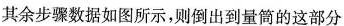
其余步骤数据如图所示，则倒出到量筒的这部分